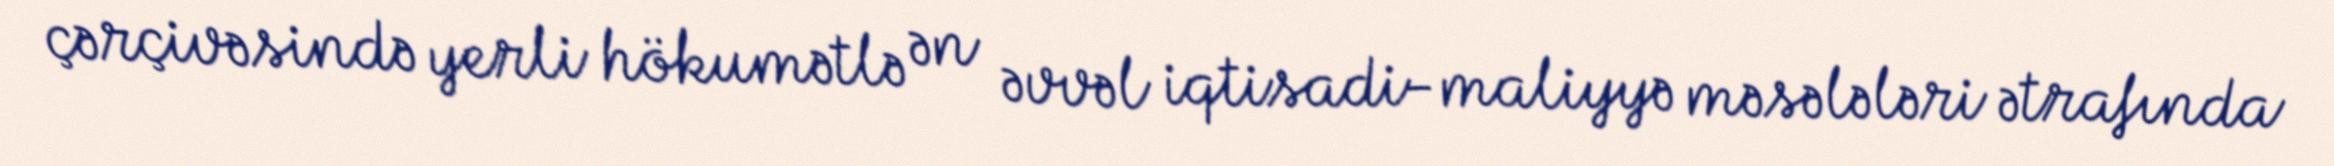
çərçivəsində yerli hökumətlə ən əvvəl iqtisadi-maliyyə məsələləri ətrafında